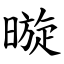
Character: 暶